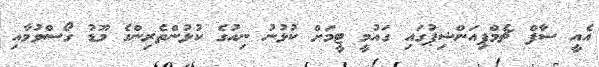
އެއީ ސާފް ޗެމްޕިއަންޝިޕުގައި ގައުމީ ޓީމަށް ކުޅުނު ނިއުގެ ކުޅުންތެރިންގެ މޫޑު ގޯސްވުމާއި